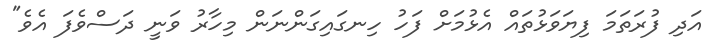
އަދި ފުރަތަމަ ފިޔަވަޅުތައް އެޅުމަށް ފަހު ހިނގައިގަންނަން މިހާރު ވަނީ ދަސްވެފަ އެވެ"